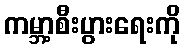
ကမ္ဘာ့စီးပွားရေးကို